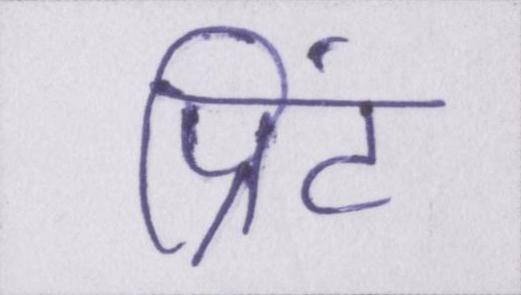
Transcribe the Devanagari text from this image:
प्रिंट